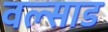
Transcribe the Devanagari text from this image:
वल्साड